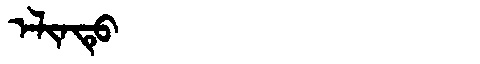
Manchu: ᡝᠯᡳᠨᡨᡠ
Romanization: ELINTU